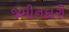
જમીનદારી